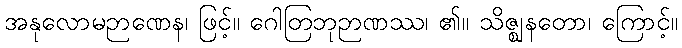
အနုလောမဉာဏေန၊ ဖြင့်။ ဂေါတြဘုဉာဏဿ၊ ၏။ သိဇ္ဈနတော၊ ကြောင့်။